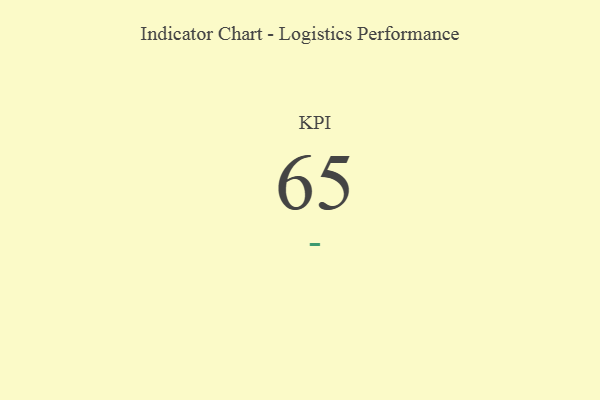
{"axis": {"x": "KPI", "y": "Value"}, "legend": [""], "data": [{"x": "KPI", "y": 65, "type": ""}]}